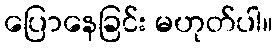
ပြောနေခြင်း မဟုတ်ပါ။